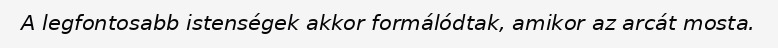
A legfontosabb istenségek akkor formálódtak, amikor az arcát mosta.